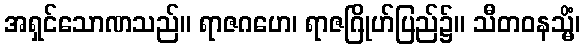
အရှင်သောဏသည်။ ရာဇဂဟေ၊ ရာဇဂြိုဟ်ပြည်၌။ သီတဝနသ္မိံ၊